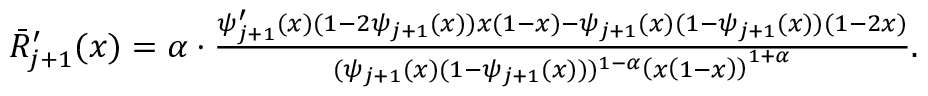
\begin{array} { r } { \bar { R } _ { j + 1 } ^ { \prime } ( x ) = \alpha \cdot \frac { \psi _ { j + 1 } ^ { \prime } ( x ) ( 1 - 2 \psi _ { j + 1 } ( x ) ) x ( 1 - x ) - \psi _ { j + 1 } ( x ) ( 1 - \psi _ { j + 1 } ( x ) ) ( 1 - 2 x ) } { ( \psi _ { j + 1 } ( x ) ( 1 - \psi _ { j + 1 } ( x ) ) ) ^ { 1 - \alpha } \left( x \left( 1 - x \right) \right) ^ { 1 + \alpha } } . } \end{array}